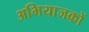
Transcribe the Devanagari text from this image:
अभियाजकों